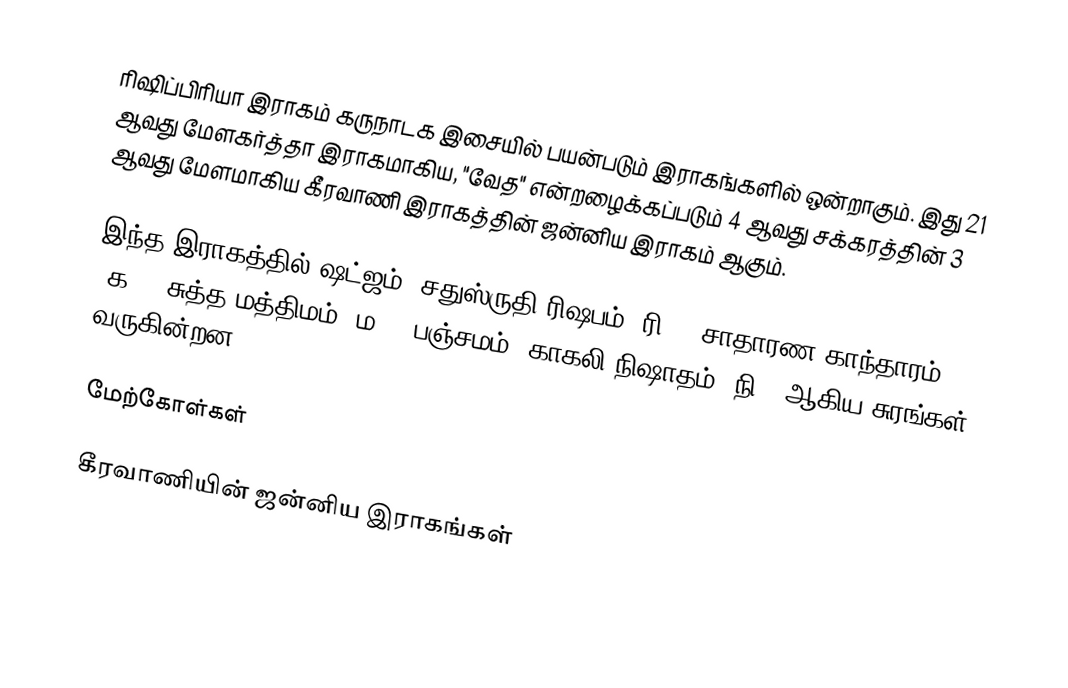
ரிஷிப்பிரியா இராகம் கருநாடக இசையில் பயன்படும் இராகங்களில் ஒன்றாகும். இது 21 ஆவது மேளகர்த்தா இராகமாகிய, "வேத" என்றழைக்கப்படும் 4 ஆவது சக்கரத்தின் 3 ஆவது மேளமாகிய கீரவாணி இராகத்தின் ஜன்னிய இராகம் ஆகும்.

இந்த இராகத்தில் ஷட்ஜம், சதுஸ்ருதி ரிஷபம் (ரி2), சாதாரண காந்தாரம் (க2), சுத்த மத்திமம் (ம1), பஞ்சமம், காகலி நிஷாதம் (நி3) ஆகிய சுரங்கள் வருகின்றன.

மேற்கோள்கள்

கீரவாணியின் ஜன்னிய இராகங்கள்